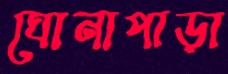
ঘোনাপাড়া